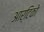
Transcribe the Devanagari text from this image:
आर्टिको